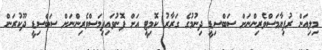
މިލިއަން ރުފިޔާމަސްވެރިންނަށް ސަބްސިޑީ ދިނުމުގެ ގަރާރު ކޮމިޓީ އަށް ފޮނުވައިފިމަސްވެރިންނަށް ސަބްސިޑީ ދޫކުރަން